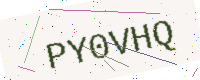
Text: PY0VHQ